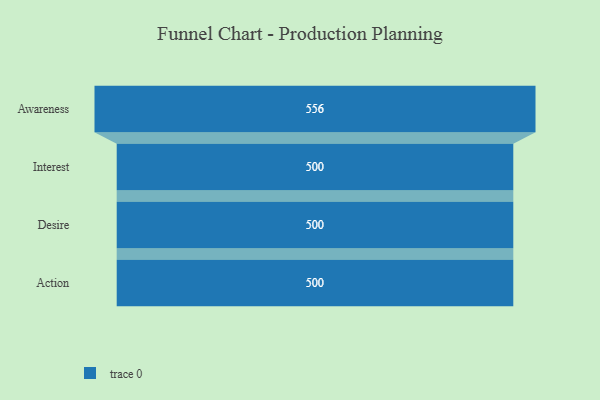
{"axis": {"x": "Stage", "y": "Value"}, "legend": [""], "data": [{"x": "Awareness", "y": 556.0, "type": ""}, {"x": "Interest", "y": 500, "type": ""}, {"x": "Desire", "y": 500, "type": ""}, {"x": "Action", "y": 500, "type": ""}]}